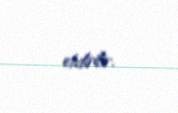
etdirilir.